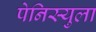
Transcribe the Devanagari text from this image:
पेनिस्युला